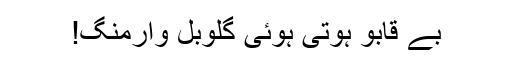
بے قابو ہوتی ہوئی گلوبل وارمنگ!